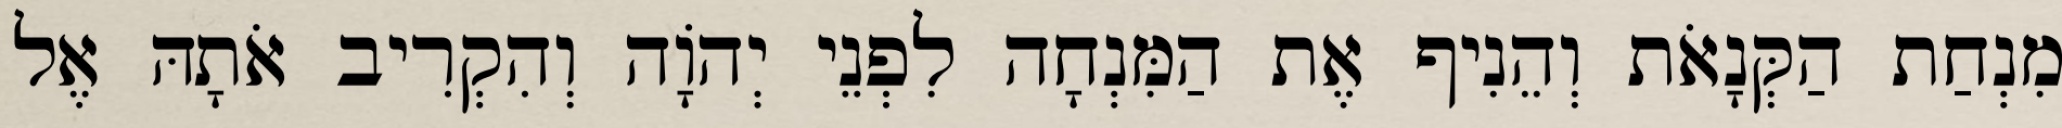
מִנְחַת הַקְּנָאֹת וְהֵנִיף אֶת הַמִּנְחָה לִפְנֵי יְהֹוָה וְהִקְרִיב אֹתָהּ אֶל